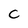
Character: C